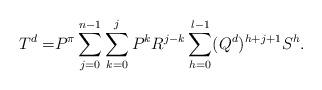
LaTeX: \begin{align*} T^{d}=&P^\pi\sum_{j=0}^{n-1}\sum_{k=0}^{j}P^kR^{j-k}\sum_{h=0}^{l-1}(Q^d)^{h+j+1}S^{h}. \end{align*}